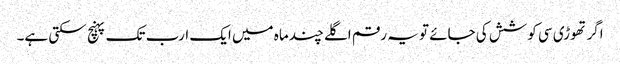
اگر تھوڑی سی کوشش کی جائے تو یہ رقم اگلے چند ماہ میں ایک ارب تک پہنچ سکتی ہے۔